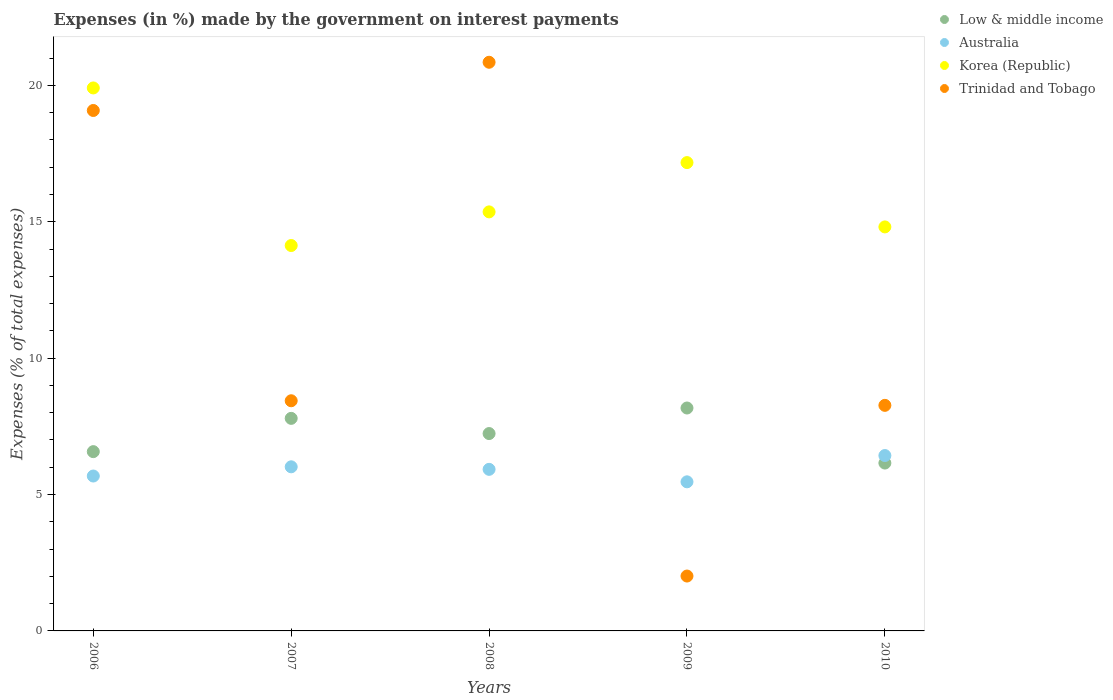
| Years | Low & middle income | Australia | Korea (Republic) | Trinidad and Tobago |
 | --- | --- | --- | --- | --- |
 | 2006 | 6.57 | 5.68 | 19.9 | 19.1 |
 | 2007 | 7.79 | 6.02 | 14.1 | 8.44 |
 | 2008 | 7.24 | 5.92 | 15.4 | 20.8 |
 | 2009 | 8.17 | 5.47 | 17.2 | 2.01 |
 | 2010 | 6.15 | 6.43 | 14.8 | 8.27 |